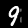
Label: 9